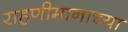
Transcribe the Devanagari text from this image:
राहणीमानाच्या